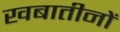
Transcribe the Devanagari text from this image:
खबातीनों